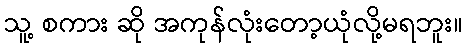
သူ့ စကား ဆို အကုန်လုံးတော့ယုံလို့မရဘူး။